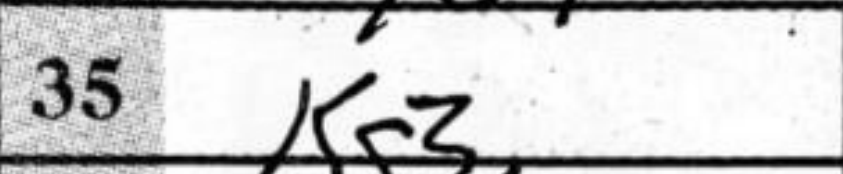
Transcription: Kg3